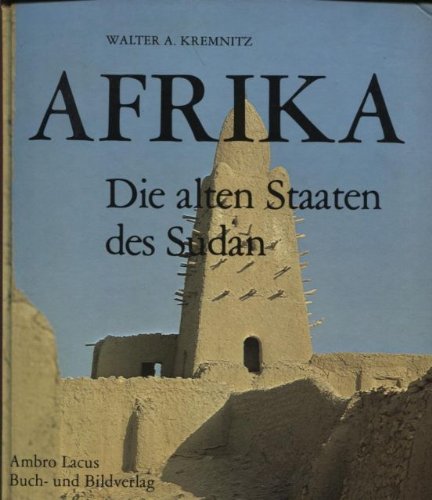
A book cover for Afrika: D. alten Staaten d. Sudan (German Edition); Walter A Kremnitz; Travel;